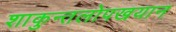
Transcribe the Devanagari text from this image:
शाकुन्तलोपखयान